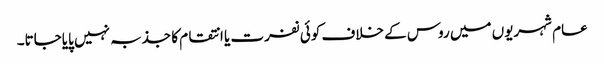
عام شہریوں میں روس کے خلاف کوئی نفرت یا انتقام کا جذبہ نہیں پایاجاتا۔